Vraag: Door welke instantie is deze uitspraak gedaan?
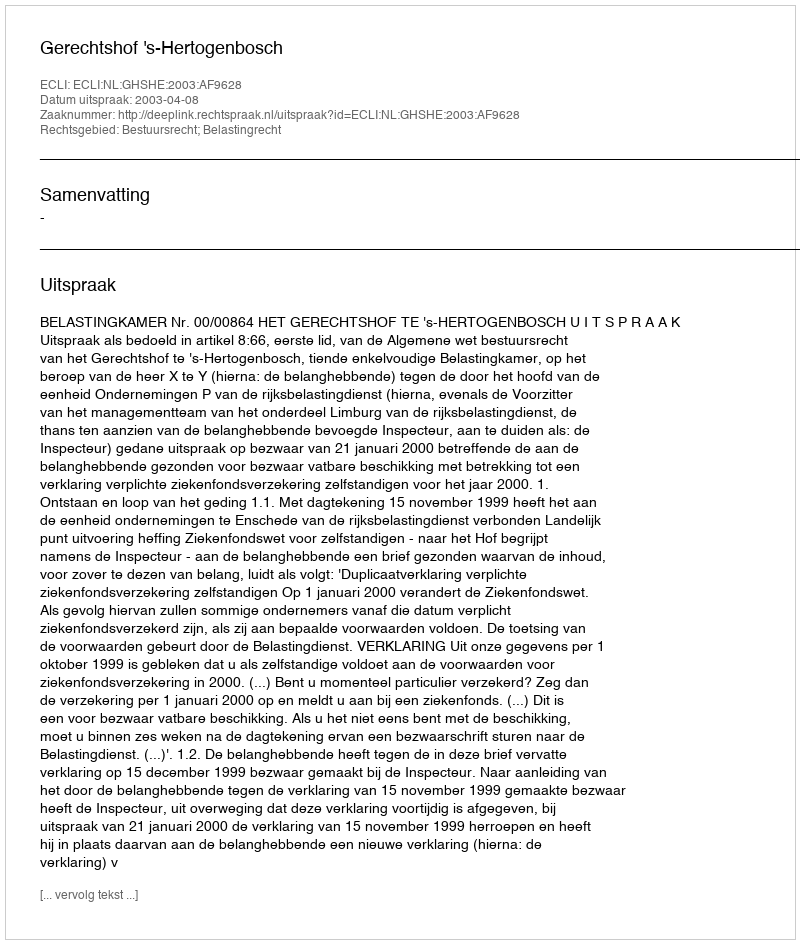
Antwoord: Gerechtshof 's-Hertogenbosch